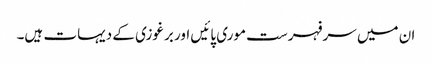
ان میں سرفہرست موری پائیں اور برغوزی کے دیہات ہیں۔